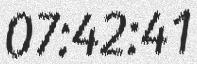
07:42:41